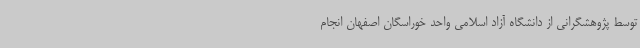
توسط پژوهشگرانی از دانشگاه آزاد اسلامی واحد خوراسگان اصفهان انجام